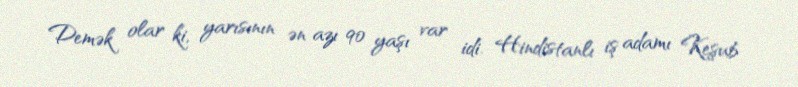
Demək olar ki, yarısının ən azı 90 yaşı var idi. Hindistanlı iş adamı Keşub